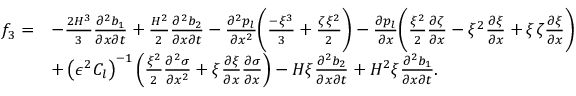
\begin{array} { r l } { f _ { 3 } = } & { - \frac { 2 H ^ { 3 } } { 3 } \frac { \partial ^ { 2 } b _ { 1 } } { \partial x \partial t } + \frac { H ^ { 2 } } { 2 } \frac { \partial ^ { 2 } b _ { 2 } } { \partial x \partial t } - \frac { \partial ^ { 2 } p _ { l } } { \partial x ^ { 2 } } \bigg ( \frac { - \xi ^ { 3 } } { 3 } + \frac { \zeta \xi ^ { 2 } } { 2 } \bigg ) - \frac { \partial p _ { l } } { \partial x } \bigg ( \frac { \xi ^ { 2 } } { 2 } \frac { \partial \zeta } { \partial x } - \xi ^ { 2 } \frac { \partial \xi } { \partial x } + \xi \zeta \frac { \partial \xi } { \partial x } \bigg ) } \\ & { + \left( \epsilon ^ { 2 } C _ { l } \right) ^ { - 1 } \left( \frac { \xi ^ { 2 } } { 2 } \frac { \partial ^ { 2 } \sigma } { \partial x ^ { 2 } } + \xi \frac { \partial \xi } { \partial x } \frac { \partial \sigma } { \partial x } \right) - H \xi \frac { \partial ^ { 2 } b _ { 2 } } { \partial x \partial t } + H ^ { 2 } \xi \frac { \partial ^ { 2 } b _ { 1 } } { \partial x \partial t } . } \end{array}